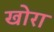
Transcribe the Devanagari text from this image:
खोरा